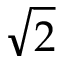
\sqrt { 2 }